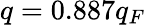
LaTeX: q=0.887q_{F}